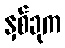
နှစ်ခုက